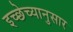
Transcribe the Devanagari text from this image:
इच्छेच्यानुसार